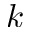
k